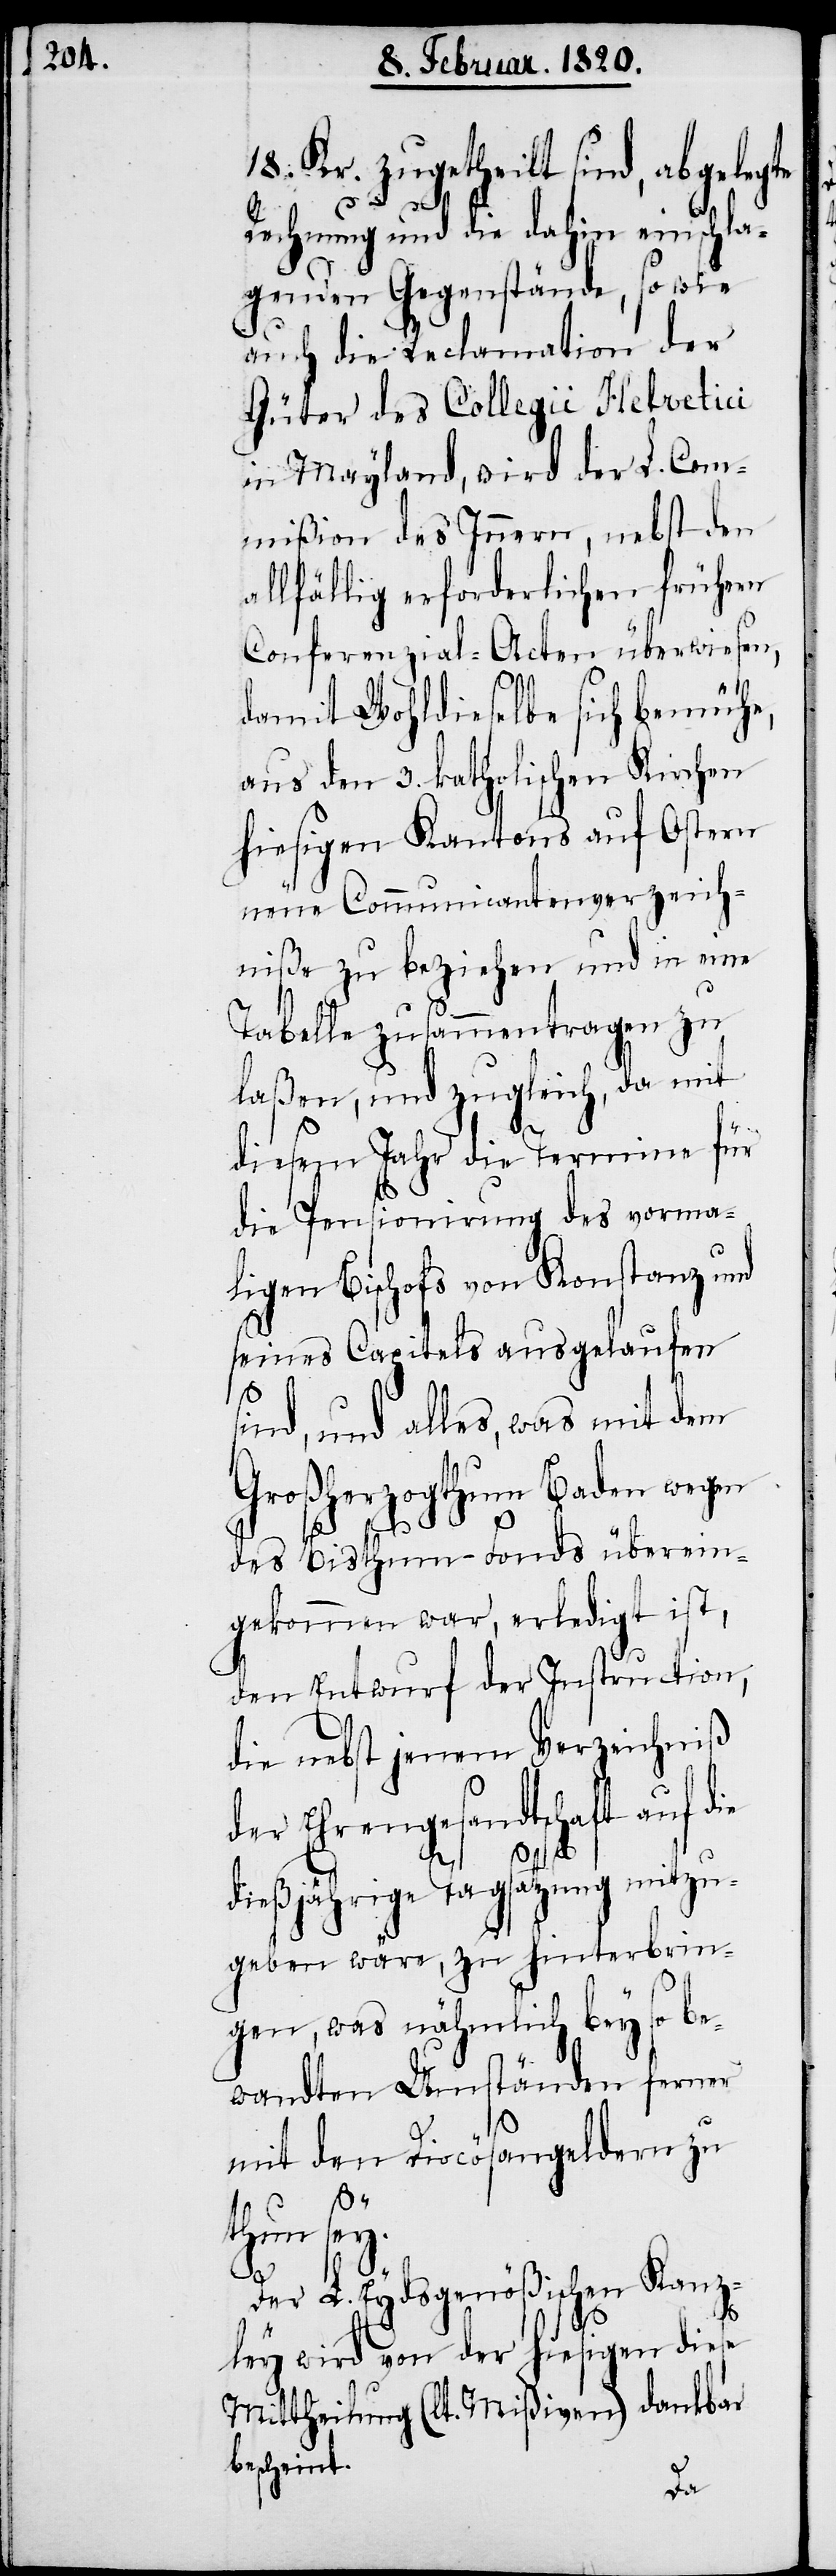
18. Kr. zugetheilt sind, abgelegte
Rechnung und die dahin einschla¬
genden Gegenstände, so wie
auch die Reclamation der
Güter des Collegii Helvetici
in Mayland, wird der L. Com¬
mißion des Innern, nebst den
allfällig erforderlichen frühern
Conferenzial-Acten überwiesen,
damit Wohldieselbe sich bemühe,
aus den 3. katholischen Kirchen
hiesigen Kantons auf Ostern
neue Communicantenverzeich¬
niße zu beziehen und in eine
Tabelle zusammentragen zu
laßen, und zugleich, da mit
diesem Jahr die Termine für
die Pensionirung des vorma¬
ligen Bischofs von Konstanz und
seines Capitels ausgelaufen
s¬
ind, und alles, was mit dem
Großherzogthum Baden wegen
des Bisthum-Fonds überein¬
gekommen war, erledigt ist,
den Entwurf der Instruction,
die nebst jenem Verzeichniß
der Ehrengesandtschaft auf die
dießjährige Tagsatzung mitzu¬
geben wäre, zu hinterbrin¬
gen, was nähmlich bey so be¬
wandten Umständen ferner
mit den Diocösangeldern zu
thun sey.
Der L. Eydsgenößischen Kanz¬
ley wird von der hiesigen diese
Mittheilung (lt. Mißiven) dankbar
bescheint.